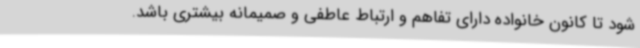
شود تا کانون خانواده دارای تفاهم و ارتباط عاطفی و صمیمانه بیشتری باشد.